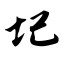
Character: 圮